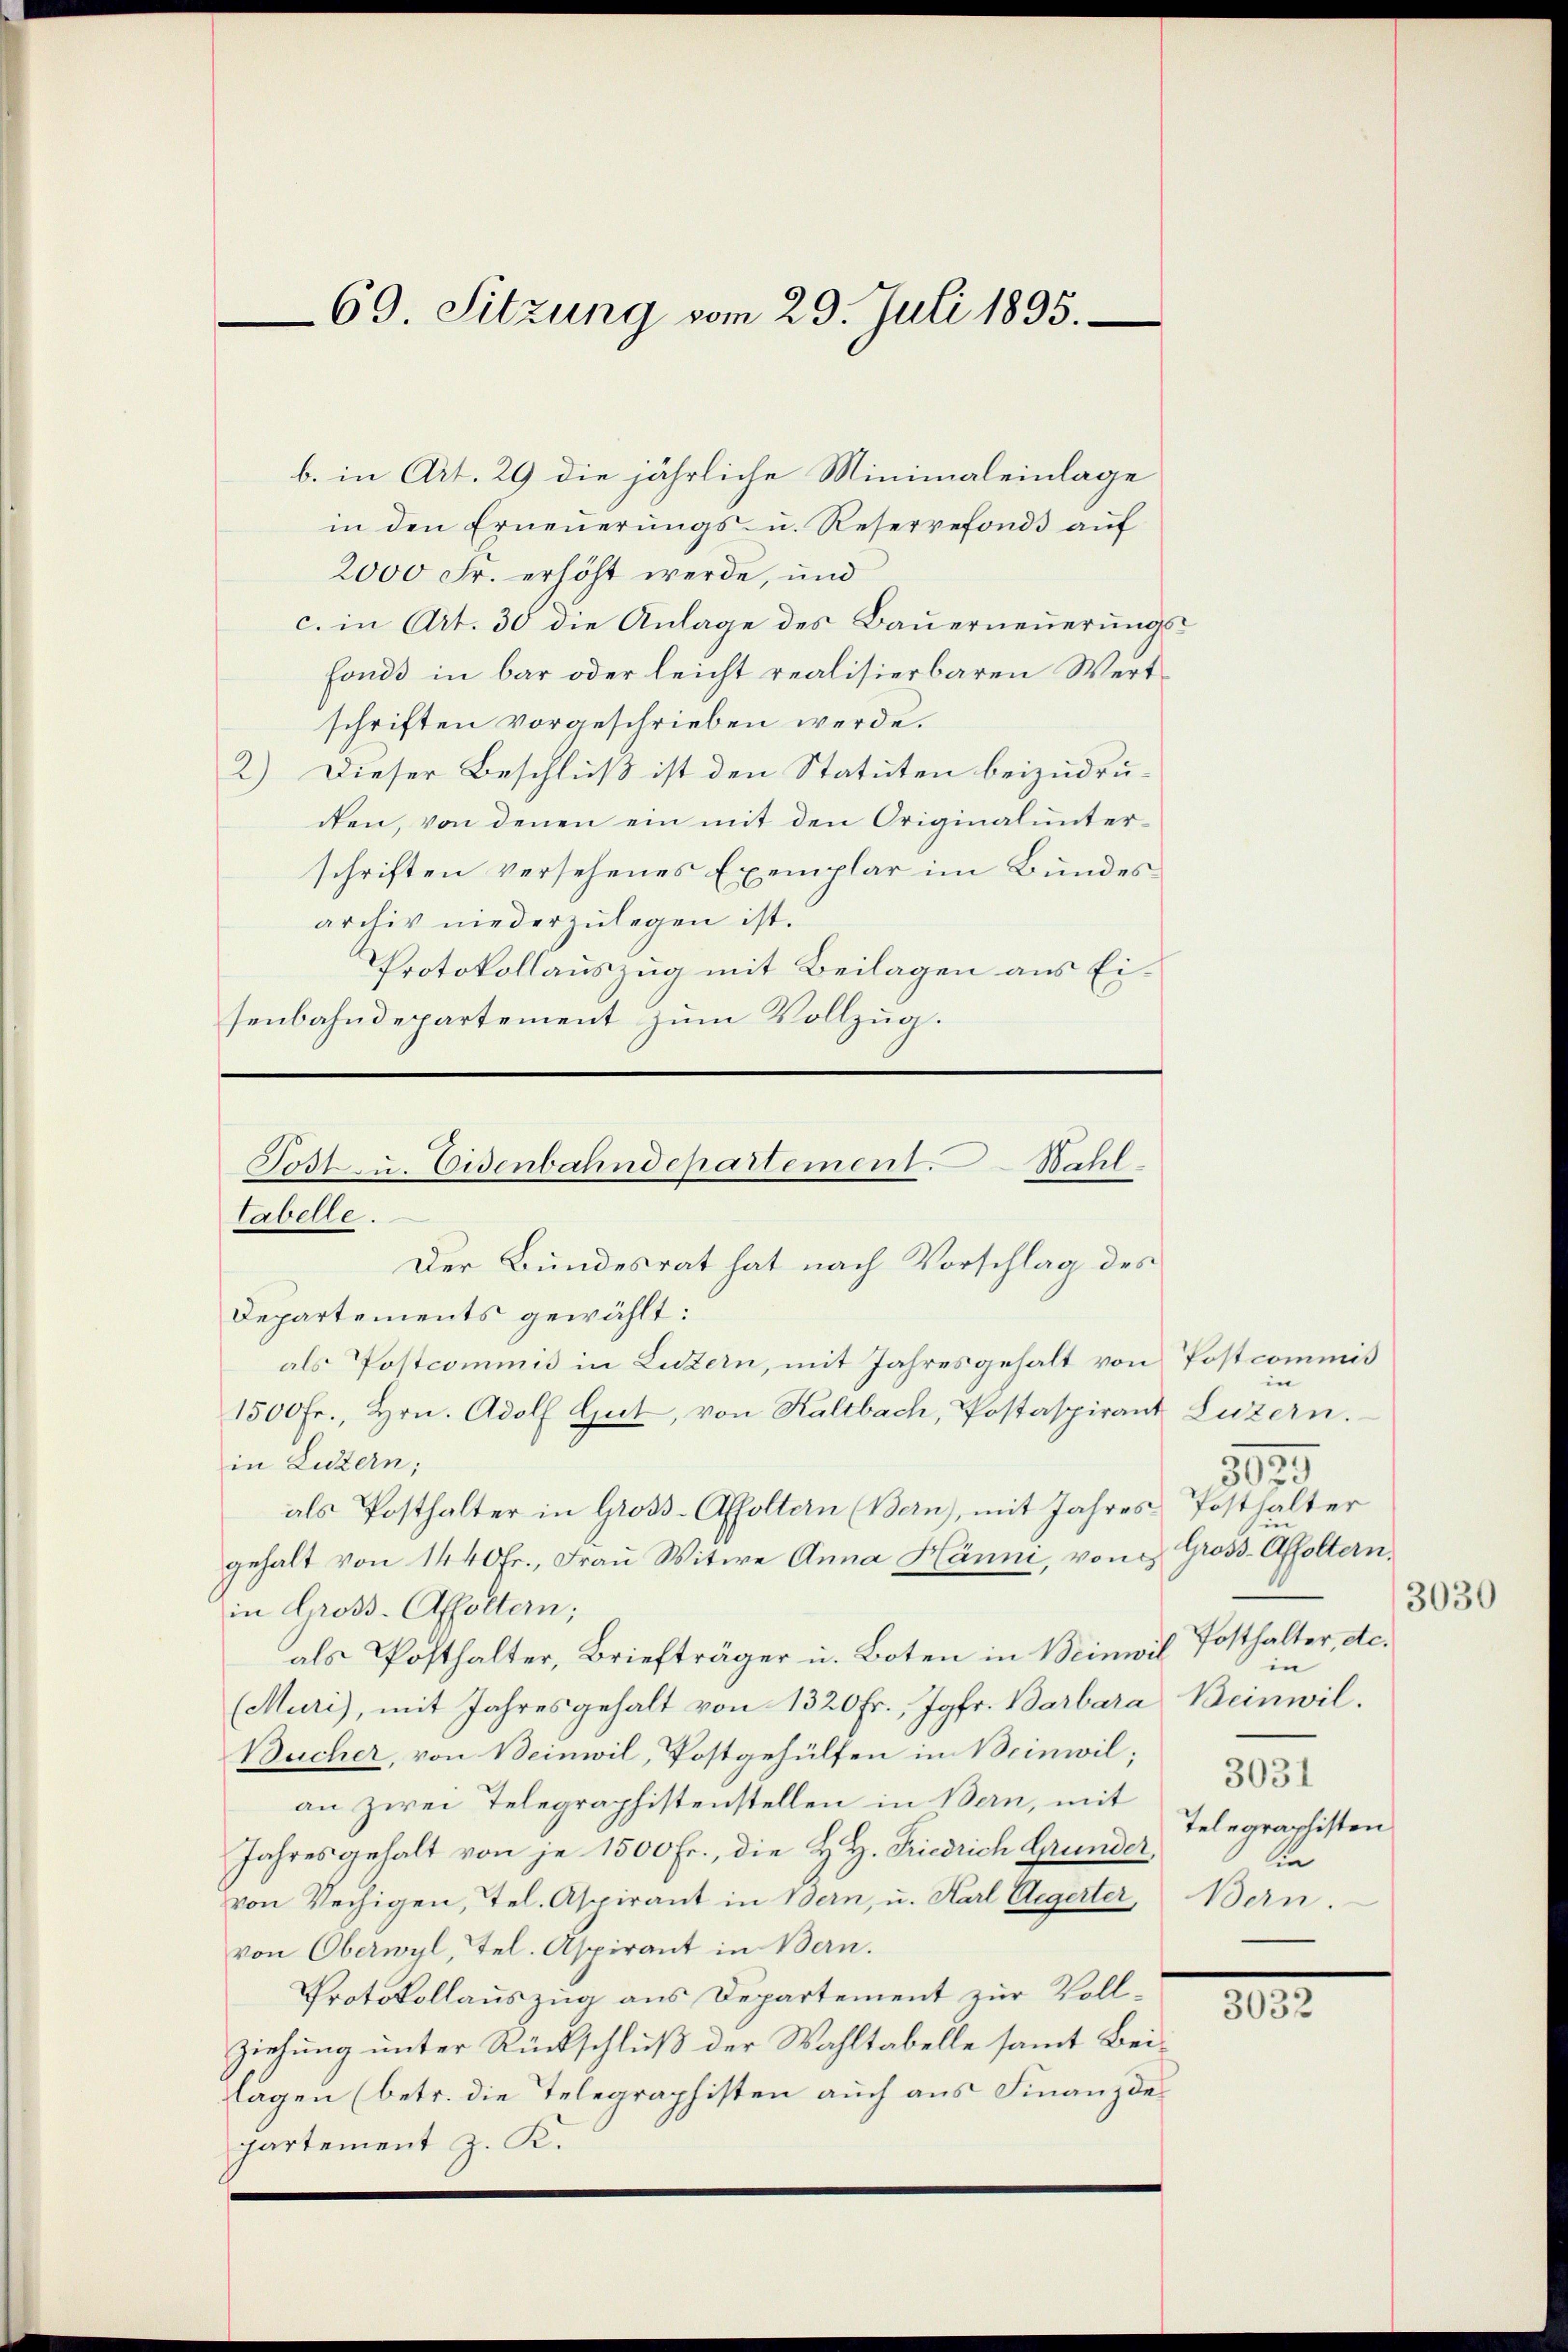
69. Sitzung vom 29. Juli 1895.

in den Erneŭerŭngs- u. Reservefonds auf
2000 Fr. erhöht werde, und
c. in Art. 30 die Anlage des Bauerneuerungsfonds in bar oder leicht realisierbaren Wertschriften vorgeschrieben werde.
2) Dieser Beschluß ist den Statuten beizudruden, von denen ein mit den Originalunterschriften versehenes Exemplar im Bundesarchiv niederzulegen ist.
Protokollauszug mit Beilagen aus Eisenbahndepartement zum Vollzug.

b. in Art. 29 die jährliche Minimal einlage

gehalt von 1440 fr., Frau Witwe Anna Hänni, von Gross-Affoltern,
in Gross-Affoltern;
als Posthalter, Briefträger u. Boten in Beinwil
(Muri), mit Jahresgehalt von 1320 Fr., Jgfr. Barbara Beinwil¬
Bucher, von Beinwil, Postgehülfen in Beinwil;
an zwei Telegraphistenstellen in Bern, mit
Jahres gehalt von je 1500 Fr., die H. H. Friedrich Grunder,
von Wechigen, tel. Aspirant in Bern, u. Karl Aegerter, Bern.
von Oberwyl, Tel. Aspirant in Bern.
Protokollauszug aus Departement zur Vollziehung unter Rückschluß der Wahltabelle samt Beilagen (betr. die Telegraphisten auch aus Finanzdepartement z. K.

Tost zu. Eisenbahndepartement. Wahl
tabelle.
Der Bundesrat hat nach Vorschlag des
Departements gewählt:
als Postcommis in Luzern, mit Jahresgehalt von Postcommiß
1500 fr., Hrn. Adolf Gut, von Kaltbach, Postaspirant Luzern.
in Luzern;
als Posthalter in Gross-Affoltern (Bern), mit Jahres Posthalter

in |
382
Posthalter, de
in
3031
Telegraphisten
in

3032

3030